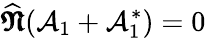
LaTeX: {\widehat{\pmb{\mathfrak{N}}}}{\left({\cal A}_{1}+{\cal A}_{1}^{\ast}\right)}=0